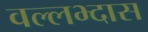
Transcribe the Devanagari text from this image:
वल्लभ्दास